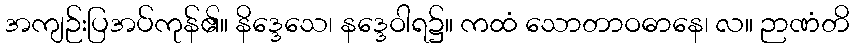
အကျဉ်းပြအပ်ကုန်၏။ နိဒ္ဒေသေ၊ နဒ္ဒေဝါရ၌။ ကထံ သောတာဝဓာနေ၊ လ။ ဉာဏံတိ